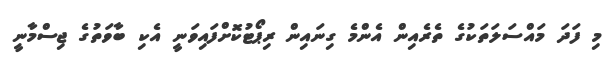
މި ފަދަ މައްސަލަތަކުގެ ތެރެއިން އެންމެ ގިނައިން ރިޕޯޓުކޮށްފައިވަނީ އެކި ބާވަތުގެ ޖިސްމާނީ